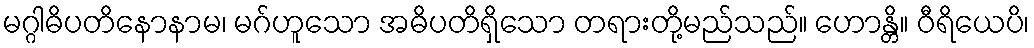
မဂ္ဂါဓိပတိနောနာမ၊ မဂ်ဟူသော အဓိပတိရှိသော တရားတို့မည်သည်။ ဟောန္တိ။ ဝီရိယေပိ၊